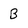
Character: B